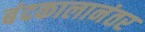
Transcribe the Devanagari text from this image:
बंदकालानंतर